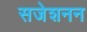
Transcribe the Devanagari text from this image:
सजेशनन